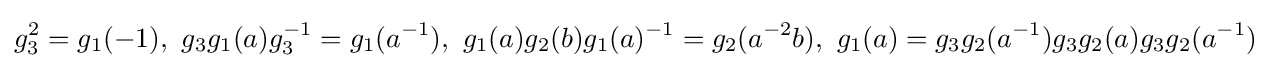
g_{3}^{2}=g_{1}(-1),\,\,g_{3}g_{1}(a)g_{3}^{-1}=g_{1}(a^{-1}),\,\,g_{1}(a)g_{2}(b)g_{1}(a)^{-1}=g_{2}(a^{-2}b),\,\,g_{1}(a)=g_{3}g_{2}(a^{-1})g_{3}g_{2}(a)g_{3}g_{2}(a^{-1})